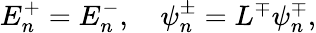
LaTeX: E_{n}^{+}=E_{n}^{-},\quad\psi_{n}^{\pm}=L^{\mp}\psi_{n}^{\mp},